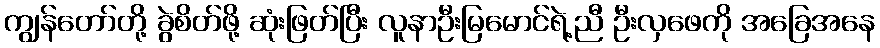
ကျွန်တော်တို့ ခွဲစိတ်ဖို့ ဆုံးဖြတ်ပြီး လူနာဦးမြမောင်ရဲ့ညီ ဦးလှဖေကို အခြေအနေ